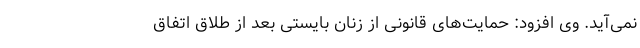
نمی‌آید. وی افزود: حمایت‌های قانونی از زنان بایستی بعد از طلاق اتفاق